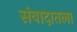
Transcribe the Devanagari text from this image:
संवादातला